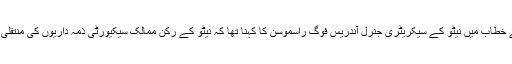
برسلز میں ہونے والے اجلاس سے خطاب میں نیٹو کے سیکریٹری جنرل آندریس فوگ راسموسن کا کہنا تھا کہ نیٹو کے رکن ممالک سیکیورٹی ذمہ داریوں کی منتقلی کے منصوبہ پر متفق ہوگئے ہیں۔